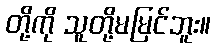
တို့ကို သူတို့မမြင်ဘူး။